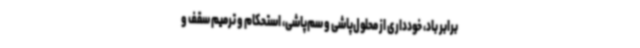
برابر باد، خودداری از محلول‌پاشی و سم‌پاشی، استحکام و ترمیم سقف و